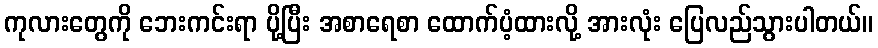
ကုလားတွေကို ဘေးကင်းရာ ပို့ပြီး အစာရေစာ ထောက်ပံ့ထားလို့ အားလုံး ပြေလည်သွားပါတယ်။